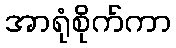
အာရုံစိုက်ကာ